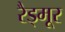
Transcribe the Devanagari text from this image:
रैड्मूर